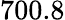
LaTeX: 700.8